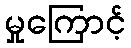
မှုကြောင့်